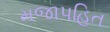
મજાપહિત